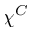
\chi ^ { C }